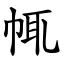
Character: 㡇